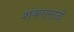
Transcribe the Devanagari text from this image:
शंकरासाठी